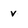
Character: v